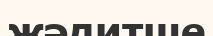
жәдитше